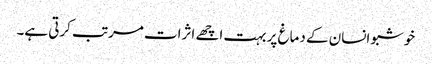
خوشبو انسان کے دماغ پر بہت اچھے اثرات مرتب کرتی ہے۔